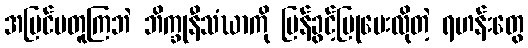
အမြင်မတူကြဘဲ ဘိက္ခုနီသံဃာကို ပြန်ခွင့်ပြုပေးလိုတဲ့ ရဟန်းတွေ